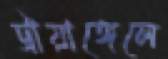
ট্রায়াঙ্গেলে